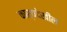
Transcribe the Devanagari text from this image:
कार्यदेखील